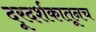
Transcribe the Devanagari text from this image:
दूरदर्शकातूनच